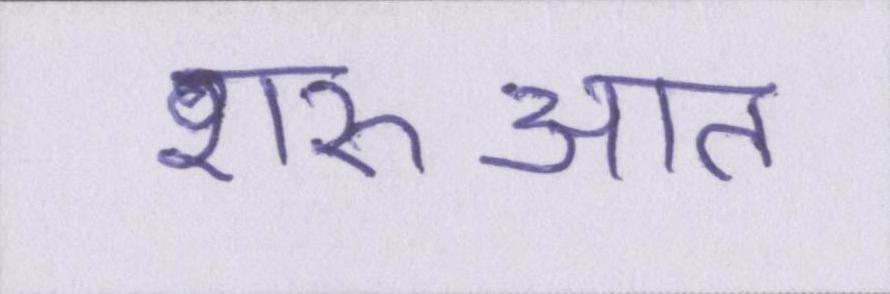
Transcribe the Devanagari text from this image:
शरुआत